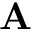
\mathbf { A }